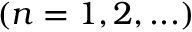
( n = 1 , 2 , . . . )